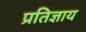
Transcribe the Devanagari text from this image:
प्रतिज्ञाय